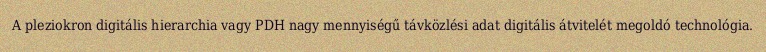
A pleziokron digitális hierarchia vagy PDH nagy mennyiségű távközlési adat digitális átvitelét megoldó technológia.